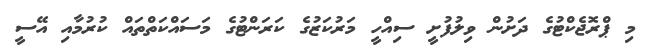
މި ޕްރޮޖެކްޓުގެ ދަށުން ވިލުފުށީ ސިއްހީ މަރުކަޒުގެ ކަރަންޓުގެ މަސައްކަތްތައް ކުރުމާއި އޭސީ